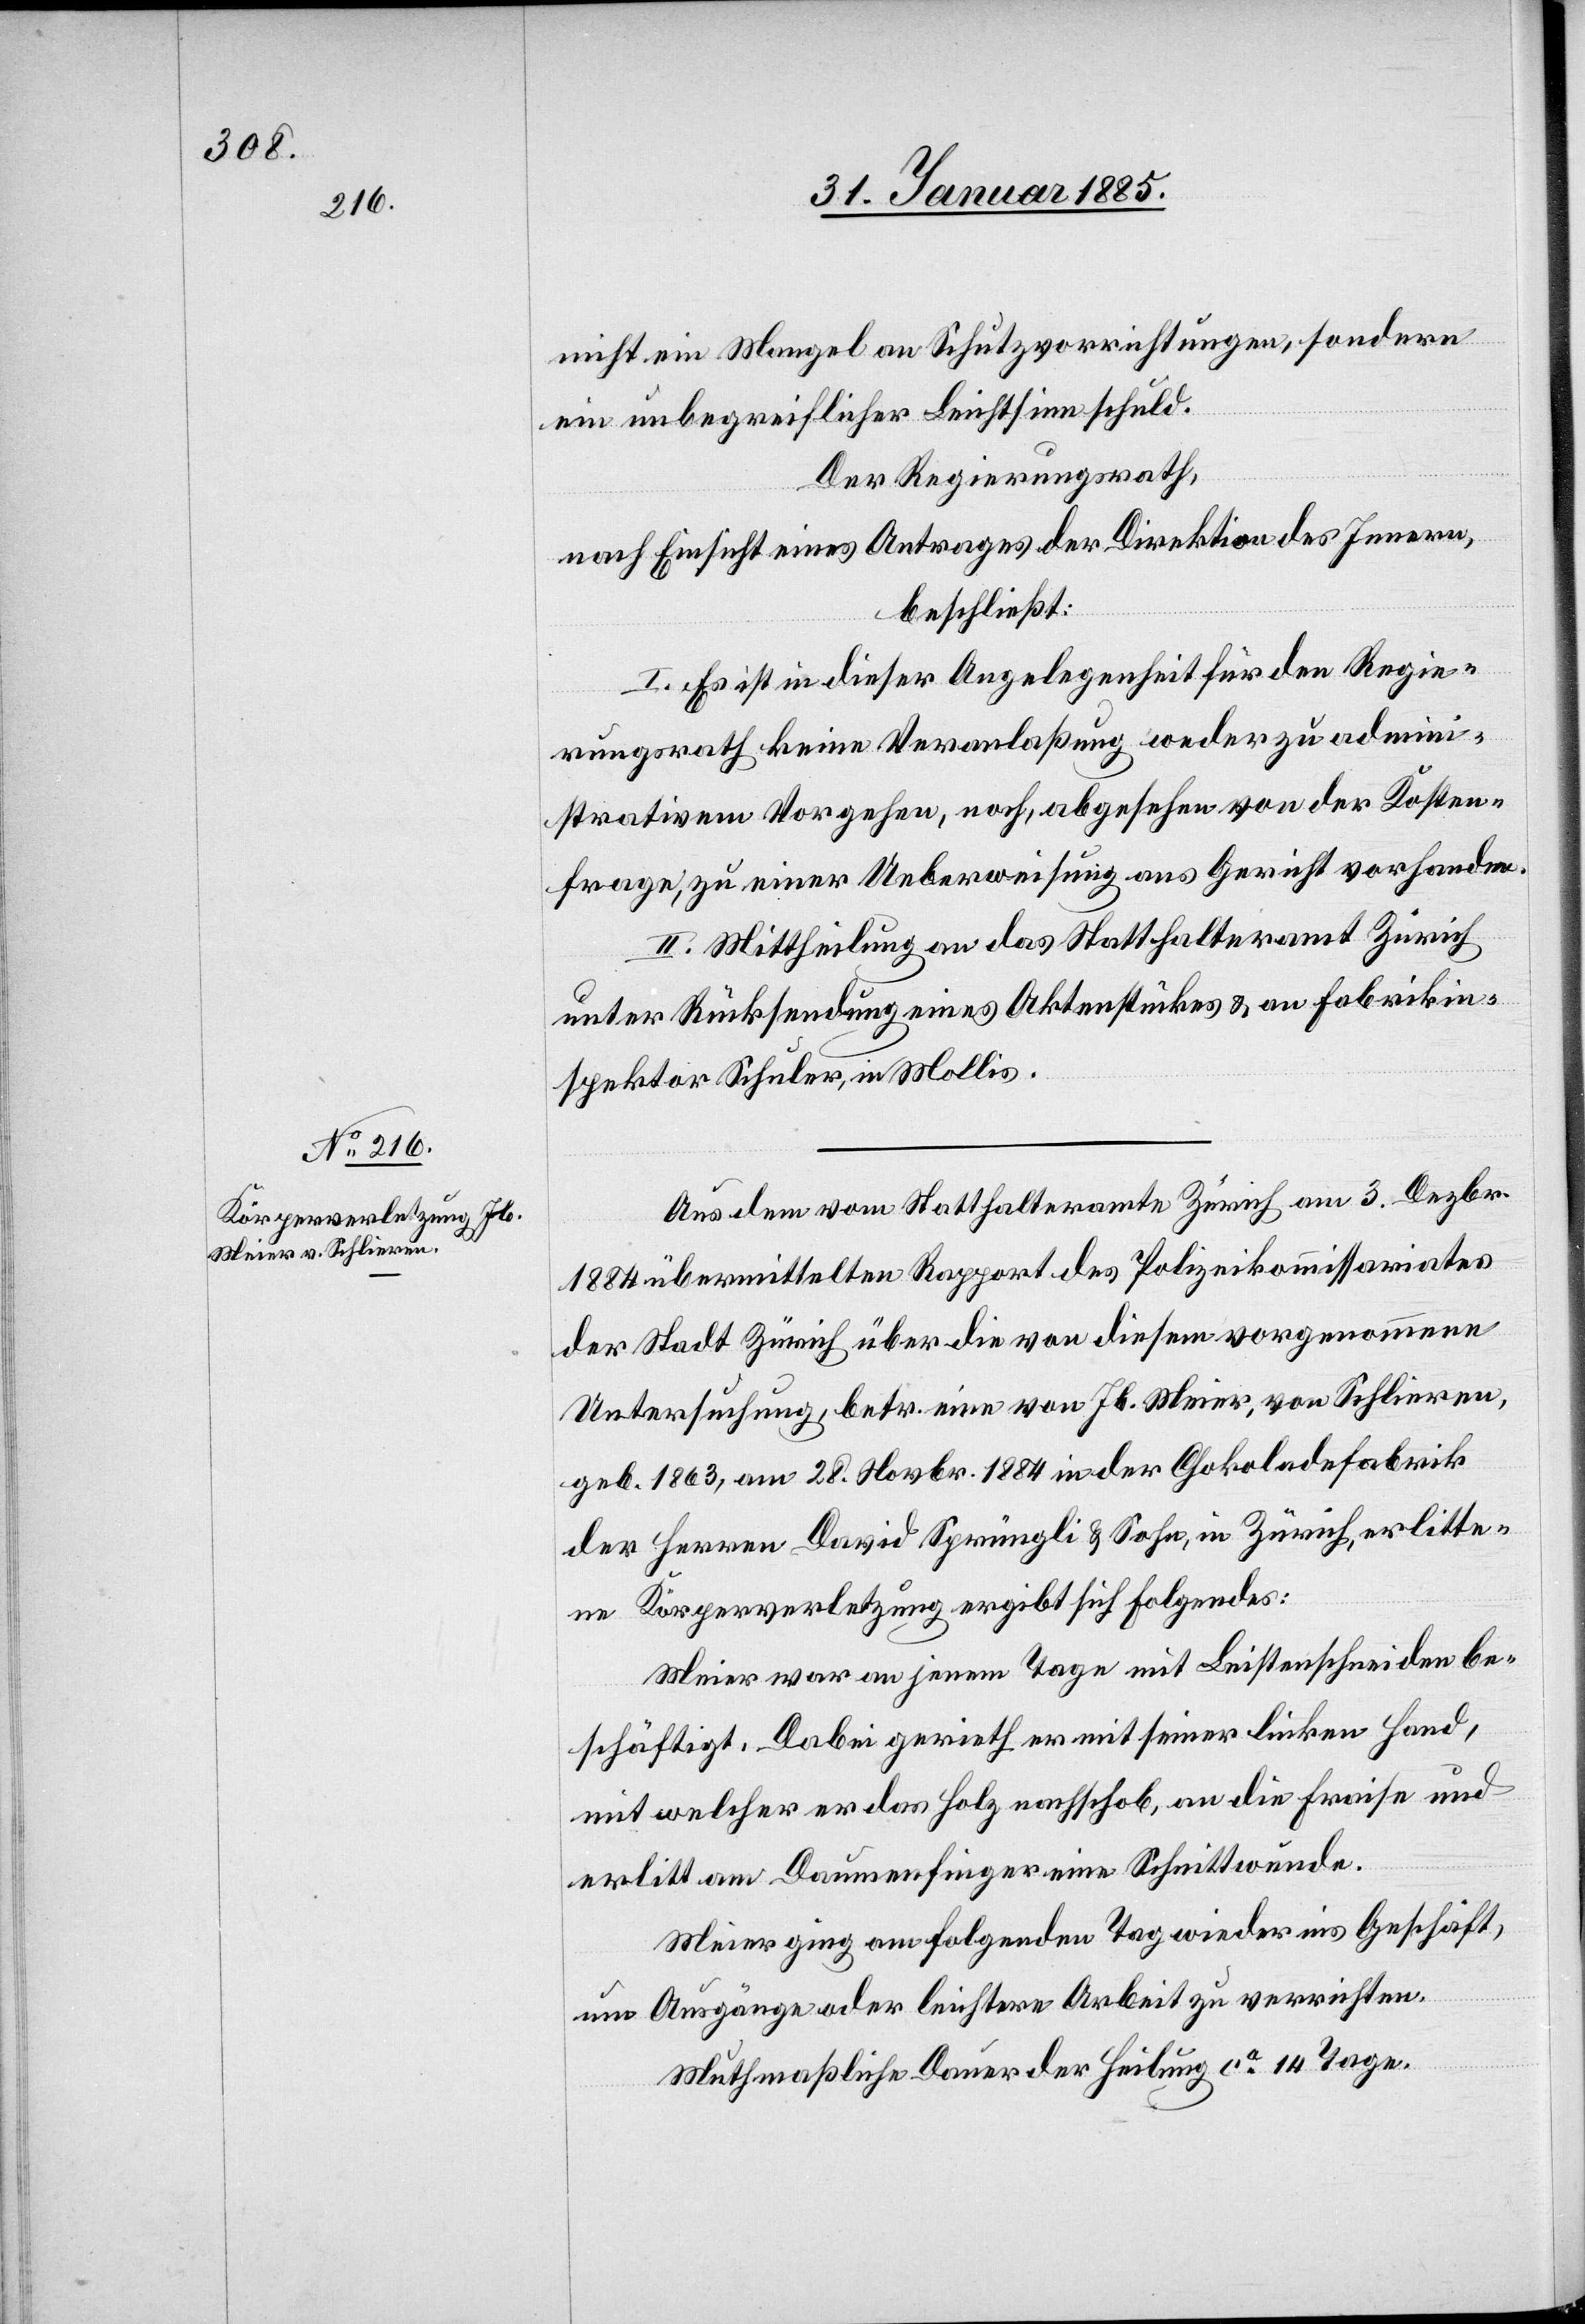
nicht ein Mangel an Schutzvorrichtungen, sondern
ein unbegreiflicher Leichtsinn schuld.
Der Regierungsrath,
nach Einsicht eines Antrages der Direktion des Innern,
beschließt:
I. Es ist in dieser Angelegenheit für den Regie¬
rungsrath keine Veranlaßung weder zu admini¬
strativem Vorgehen, noch, abgesehen von der Kosten¬
frage, zu einer Ueberweisung ans Gericht vorhanden.
II. Mittheilung an das Statthalteramt Zürich
unter Rücksendung eines Aktenstückes & an Fabrikin¬
spektor Schuler, in Mollis.
Aus dem vom Statthalteramte Zürich am 3. Dezbr.
1884 übermittelten Rapport des Polizeikommissariates
der Stadt Zürich über die von diesem vorgenommenen
Untersuchung, betr. eine von Jb. Meier, von Schlieren,
geb. 1863, am 28. Novbr. 1884 in der Chokoladenfabrik
der Herren David Sprüngli & Sohn, in Zürich, erlitte¬
ne Körperverletzung ergibt sich folgendes:
Meier war an jenem Tage mit Leistenschneiden be¬
schäftig. Dabei gerieth er mit seiner linken Hand
mit welcher er das Holz nachschob, an die Fraise und
erlitt am Daumenfinger eine Schnittwunde.
Meier ging am folgenden Tag wieder ins Geschäft,
um Ausgänge oder leichtere Arbeit zu verrichten.
Muthmaßliche Dauer der Heilung ca 14 Tage.